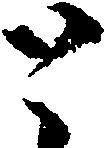
と